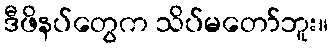
ဒီဖိနပ်တွေက သိပ်မတော်ဘူး။